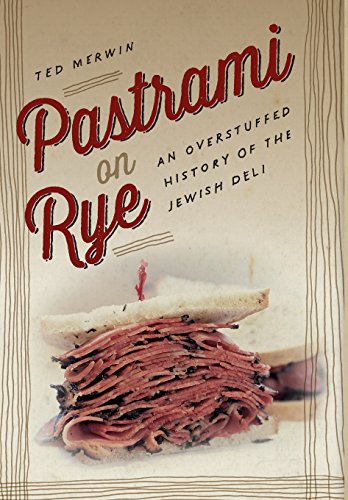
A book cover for Pastrami on Rye: An Overstuffed History of the Jewish Deli; Ted Merwin; Cookbooks, Food & Wine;